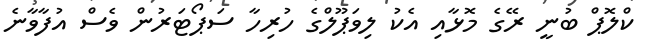
ކްލޮޕް ބުނީ ރޭގެ މޮޅާއި އެކު ލިވަޕޫލްގެ ހުރިހާ ސަޕޯޓަރުން ވެސް އުފާވާނެ